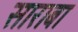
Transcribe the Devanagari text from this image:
साराबा